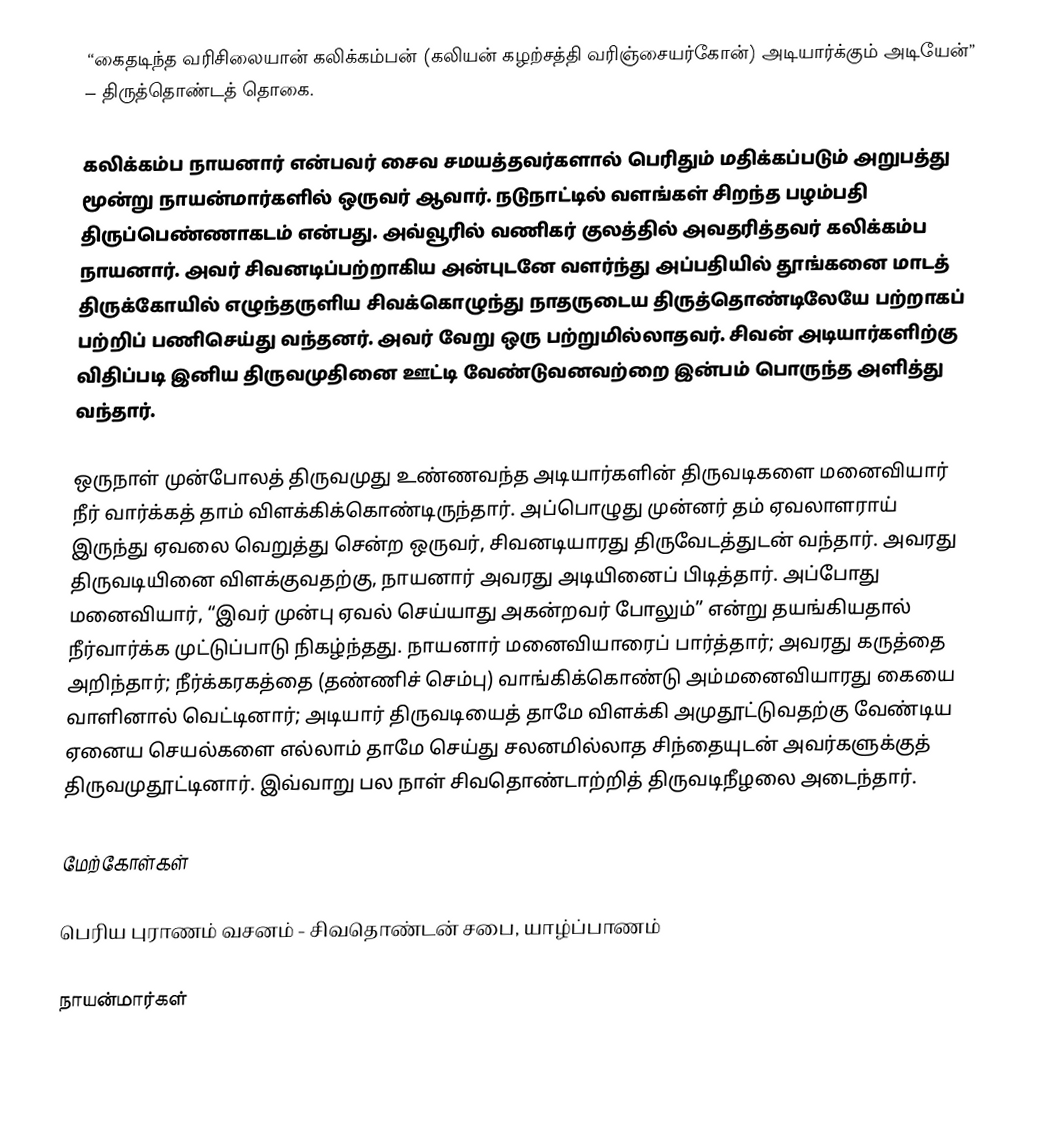
“கைதடிந்த வரிசிலையான் கலிக்கம்பன் (கலியன் கழற்சத்தி வரிஞ்சையர்கோன்) அடியார்க்கும் அடியேன்” – திருத்தொண்டத் தொகை.

கலிக்கம்ப நாயனார்  என்பவர் சைவ சமயத்தவர்களால் பெரிதும் மதிக்கப்படும் அறுபத்து மூன்று நாயன்மார்களில் ஒருவர் ஆவார். நடுநாட்டில் வளங்கள் சிறந்த பழம்பதி திருப்பெண்ணாகடம் என்பது. அவ்வூரில் வணிகர் குலத்தில் அவதரித்தவர் கலிக்கம்ப நாயனார். அவர் சிவனடிப்பற்றாகிய அன்புடனே வளர்ந்து அப்பதியில் தூங்கனை மாடத் திருக்கோயில் எழுந்தருளிய சிவக்கொழுந்து நாதருடைய திருத்தொண்டிலேயே பற்றாகப் பற்றிப் பணிசெய்து வந்தனர். அவர் வேறு ஒரு பற்றுமில்லாதவர். சிவன் அடியார்களிற்கு விதிப்படி இனிய திருவமுதினை ஊட்டி வேண்டுவனவற்றை இன்பம் பொருந்த அளித்து வந்தார்.

ஒருநாள் முன்போலத் திருவமுது உண்ணவந்த அடியார்களின் திருவடிகளை மனைவியார் நீர் வார்க்கத் தாம் விளக்கிக்கொண்டிருந்தார். அப்பொழுது முன்னர் தம் ஏவலாளராய் இருந்து ஏவலை வெறுத்து சென்ற ஒருவர், சிவனடியாரது திருவேடத்துடன் வந்தார். அவரது திருவடியினை விளக்குவதற்கு, நாயனார் அவரது அடியினைப் பிடித்தார். அப்போது மனைவியார், “இவர் முன்பு ஏவல் செய்யாது அகன்றவர் போலும்” என்று தயங்கியதால் நீர்வார்க்க முட்டுப்பாடு நிகழ்ந்தது. நாயனார் மனைவியாரைப் பார்த்தார்; அவரது கருத்தை அறிந்தார்; நீர்க்கரகத்தை (தண்ணிச் செம்பு) வாங்கிக்கொண்டு அம்மனைவியாரது கையை வாளினால் வெட்டினார்; அடியார் திருவடியைத் தாமே விளக்கி அமுதூட்டுவதற்கு வேண்டிய ஏனைய செயல்களை எல்லாம் தாமே செய்து சலனமில்லாத சிந்தையுடன் அவர்களுக்குத் திருவமுதூட்டினார். இவ்வாறு பல நாள் சிவதொண்டாற்றித் திருவடிநீழலை அடைந்தார்.

மேற்கோள்கள்

பெரிய புராணம் வசனம் - சிவதொண்டன் சபை, யாழ்ப்பாணம்

நாயன்மார்கள்